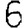
Digit: 6